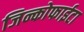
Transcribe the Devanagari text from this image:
जिन्कोफाईटा